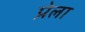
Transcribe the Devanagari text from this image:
प्रेला